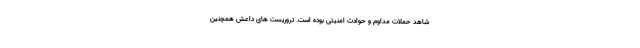
شاهد حملات مداوم و حوادث امنیتی بوده است. تروریست های داعش همچنین